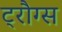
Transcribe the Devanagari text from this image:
ट्रौग्स